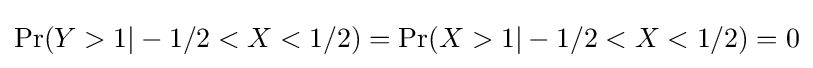
\operatorname {Pr} (Y>1|-1/2<X<1/2)=\operatorname {Pr} (X>1|-1/2<X<1/2)=0